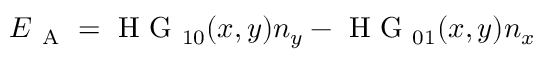
\boldsymbol { E } _ { \mathrm { ~ A ~ } } = \mathrm { ~ H ~ G ~ } _ { 1 0 } ( x , y ) \boldsymbol { n } _ { y } - \mathrm { ~ H ~ G ~ } _ { 0 1 } ( x , y ) \boldsymbol { n } _ { x }